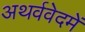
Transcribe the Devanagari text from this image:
अथर्ववेदमें